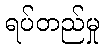
ရပ်တည်မှု